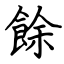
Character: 餘